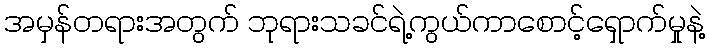
အမှန်တရားအတွက် ဘုရားသခင်ရဲ့ကွယ်ကာစောင့်ရှောက်မှုနဲ့